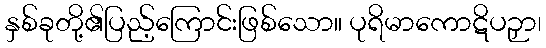
နှစ်ခုတို့၏ပြည့်ကြောင်းဖြစ်သော။ ပုရိမာကောဋိပဉှာ၊